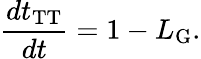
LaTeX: \frac{dt_{\mathrm{TT}}}{dt}=1-L_{\mathrm{G}}.